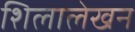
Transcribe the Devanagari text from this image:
शिलालेखन